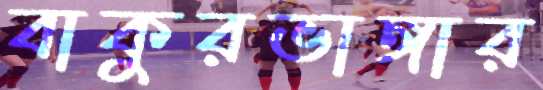
বাকুরভাঙ্গার